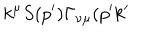
k ^ { \mu } S ( p ^ { \prime } ) \Gamma _ { \nu \mu } ( p ^ { \prime } k ^ { \prime }